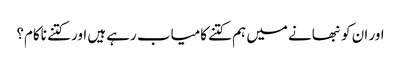
اور ان کو نبھانے میں ہم کتنے کامیاب رہے ہیں اور کتنے ناکام؟